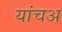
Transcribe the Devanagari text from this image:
यांचअ